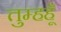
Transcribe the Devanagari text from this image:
तुम्हहूँ